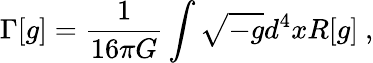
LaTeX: \Gamma[g]={\frac{1}{16\pi G}}\int\sqrt{-g}d^{4}xR[g]~,